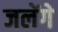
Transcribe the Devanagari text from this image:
जलेंगे